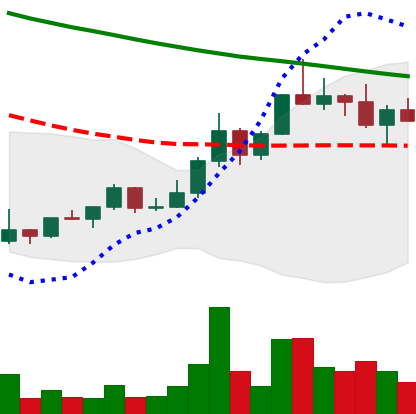
Ticker: DOGE-USD
Chart end date: 2022-04-02
Forward return: 5.175%
Label: up_5_7